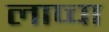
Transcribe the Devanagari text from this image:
लाप्चा